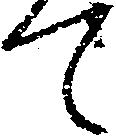
て